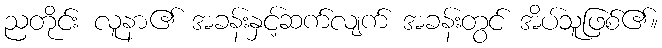
ညတိုင်း လူနာ၏ အခန်းနှင့်ဆက်လျက် အခန်းတွင် အိပ်သူဖြစ်၏။